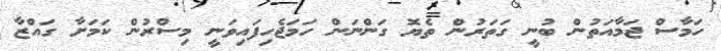
ހަމާސް ޖަމާއަތުން ބުނީ ގަތަރުން ތެޔޮ ގަންނަން ހަމަޖެހިފައިވަނީ މިސްރުން ކަމަށާ ގައްޒާ